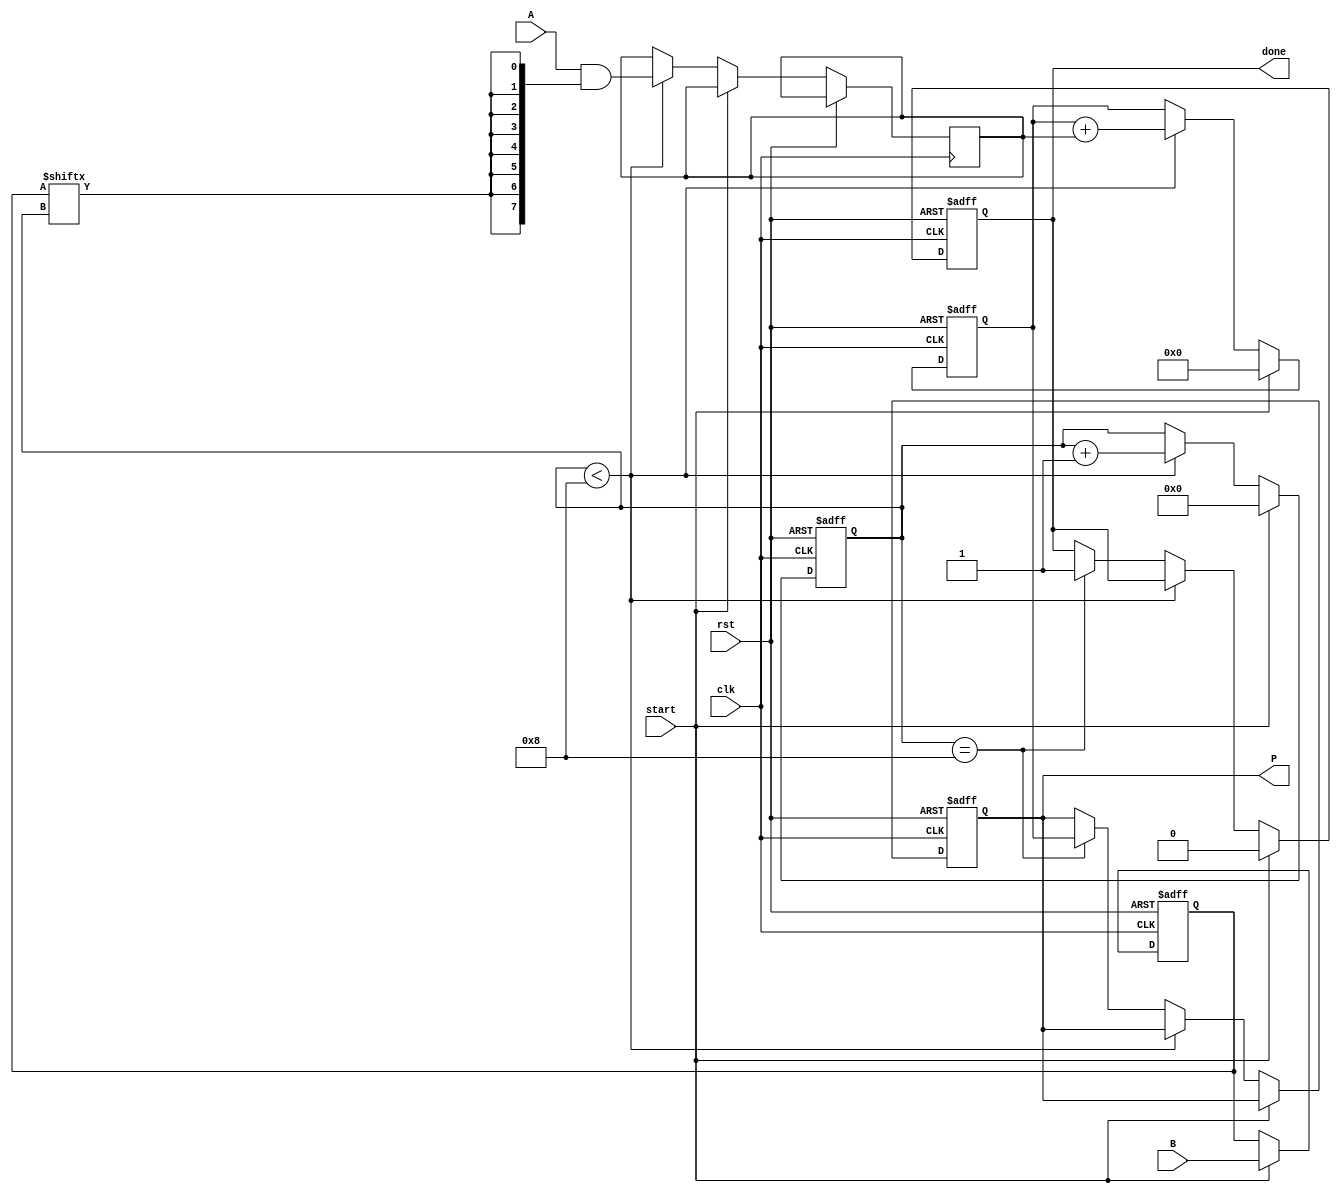
module PartialProductAccumulator #(
    parameter N = 8,  // Bit width of multiplicand
    parameter M = 8   // Bit width of multiplier
)(
    input  wire [N-1:0] A,           // Multiplicand
    input  wire [M-1:0] B,           // Multiplier
    input  wire clk,                  // Clock signal
    input  wire rst,                  // Reset signal
    input  wire start,                // Start signal
    output reg [(N+M)-1:0] P,         // Product output
    output reg done                   // Done signal
);

    reg [(N+M)-1:0] accumulator;      // Accumulator for partial products
    reg [M-1:0] multiplier;            // Copy of the multiplier
    reg [3:0] count;                  // Counter for multiplier bits
    reg [N-1:0] partial_product;      // Current partial product

    // Reset and initialization
    always @(posedge clk or posedge rst) begin
        if (rst) begin
            P <= 0;
            accumulator <= 0;
            multiplier <= 0;
            count <= 0;
            done <= 0;
        end
        else if (start) begin
            multiplier <= B; // Load multiplier
            accumulator <= 0; // Clear the accumulator
            count <= 0; // Initialize counter
            done <= 0; // Reset done signal
        end
        else if (count < M) begin
            // Generate a partial product
            partial_product <= A & {N{multiplier[count]}};
            // Update accumulator
            accumulator <= accumulator + partial_product;
            // Increment counter
            count <= count + 1;
        end
        else if (count == M) begin
            // Finalize product and assert done signal
            P <= accumulator;
            done <= 1;
        end
    end

endmodule